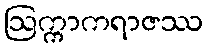
ဩက္ကာကရာဇဿ